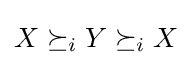
X\succeq _{i}Y\succeq _{i}X